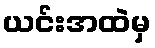
ယင်းအထဲမှ